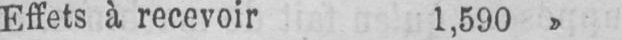
Effets à recevoir 1,590»